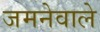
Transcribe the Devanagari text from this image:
जमनेवाले